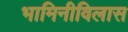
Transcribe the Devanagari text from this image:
भामिनीविलास